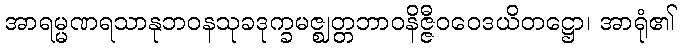
အာရမ္မဏရသာနုဘဝနသုခဒုက္ခမဇ္ဈတ္တဘာဝနိဇ္ဇီဝဝေဒယိတဋ္ဌော၊ အာရုံ၏